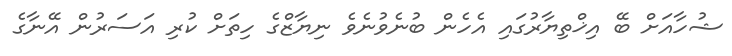
ޝުހާއަށް ބޭ އިޚްތިޔާރުގައި އެހެން ބުނެވުނެވެ ނިޔާޒްގެ ހިތަށް ކުރި އަސަރުން އޭނާގެ